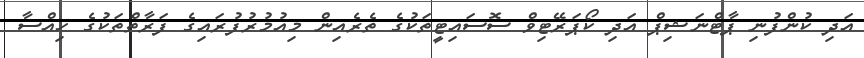
އަދި ކުންފުނި ޕާޓްނަޝިޕް އަދި ކޯޕަރޭޓިވް ސޮސައިޓީތަކުގެ ތެރެއިން މިއުމުރުފުރައިގެ ފަރާތްތަކުގެ ހިއްސާ